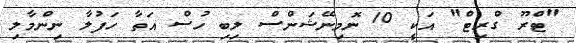
"ޓްރޫ ގްރިޓް" އަކީ 10 ނޮމިނޭޝަންސް ލިބި ހުސް އަތާ ހަފުލާ ނިންމާލި